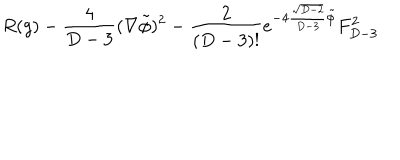
R ( g ) - { \frac { 4 } { D - 3 } } ( \nabla \tilde { \phi } ) ^ { 2 } - { \frac { 2 } { ( D - 3 ) ! } } e ^ { - 4 { \frac { \sqrt { D - 2 } } { D - 3 } } \tilde { \phi } } F _ { D - 3 } ^ { 2 }